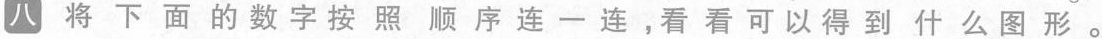
八将下面的数字按照顺序连一连，看看可以得到什么图形。